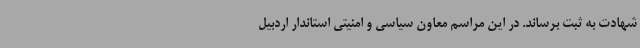
شهادت به ثبت برساند. در این مراسم معاون سیاسی و امنیتی استاندار اردبیل